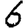
Digit: 6